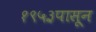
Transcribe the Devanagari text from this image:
१९५३पासून